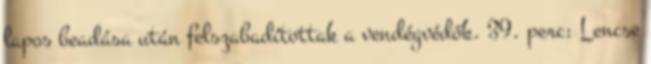
lapos beadása után felszabadítottak a vendégvédők. 39. perc: Lencse